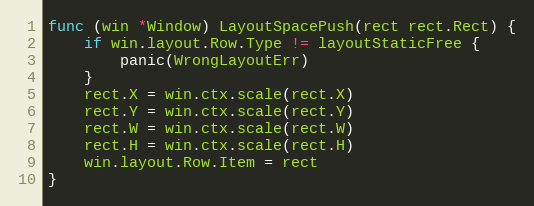
Language: Go
func (win *Window) LayoutSpacePush(rect rect.Rect) {
	if win.layout.Row.Type != layoutStaticFree {
		panic(WrongLayoutErr)
	}
	rect.X = win.ctx.scale(rect.X)
	rect.Y = win.ctx.scale(rect.Y)
	rect.W = win.ctx.scale(rect.W)
	rect.H = win.ctx.scale(rect.H)
	win.layout.Row.Item = rect
}